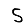
Digit: 5